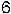
6